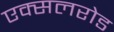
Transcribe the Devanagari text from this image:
एक्सलरोड